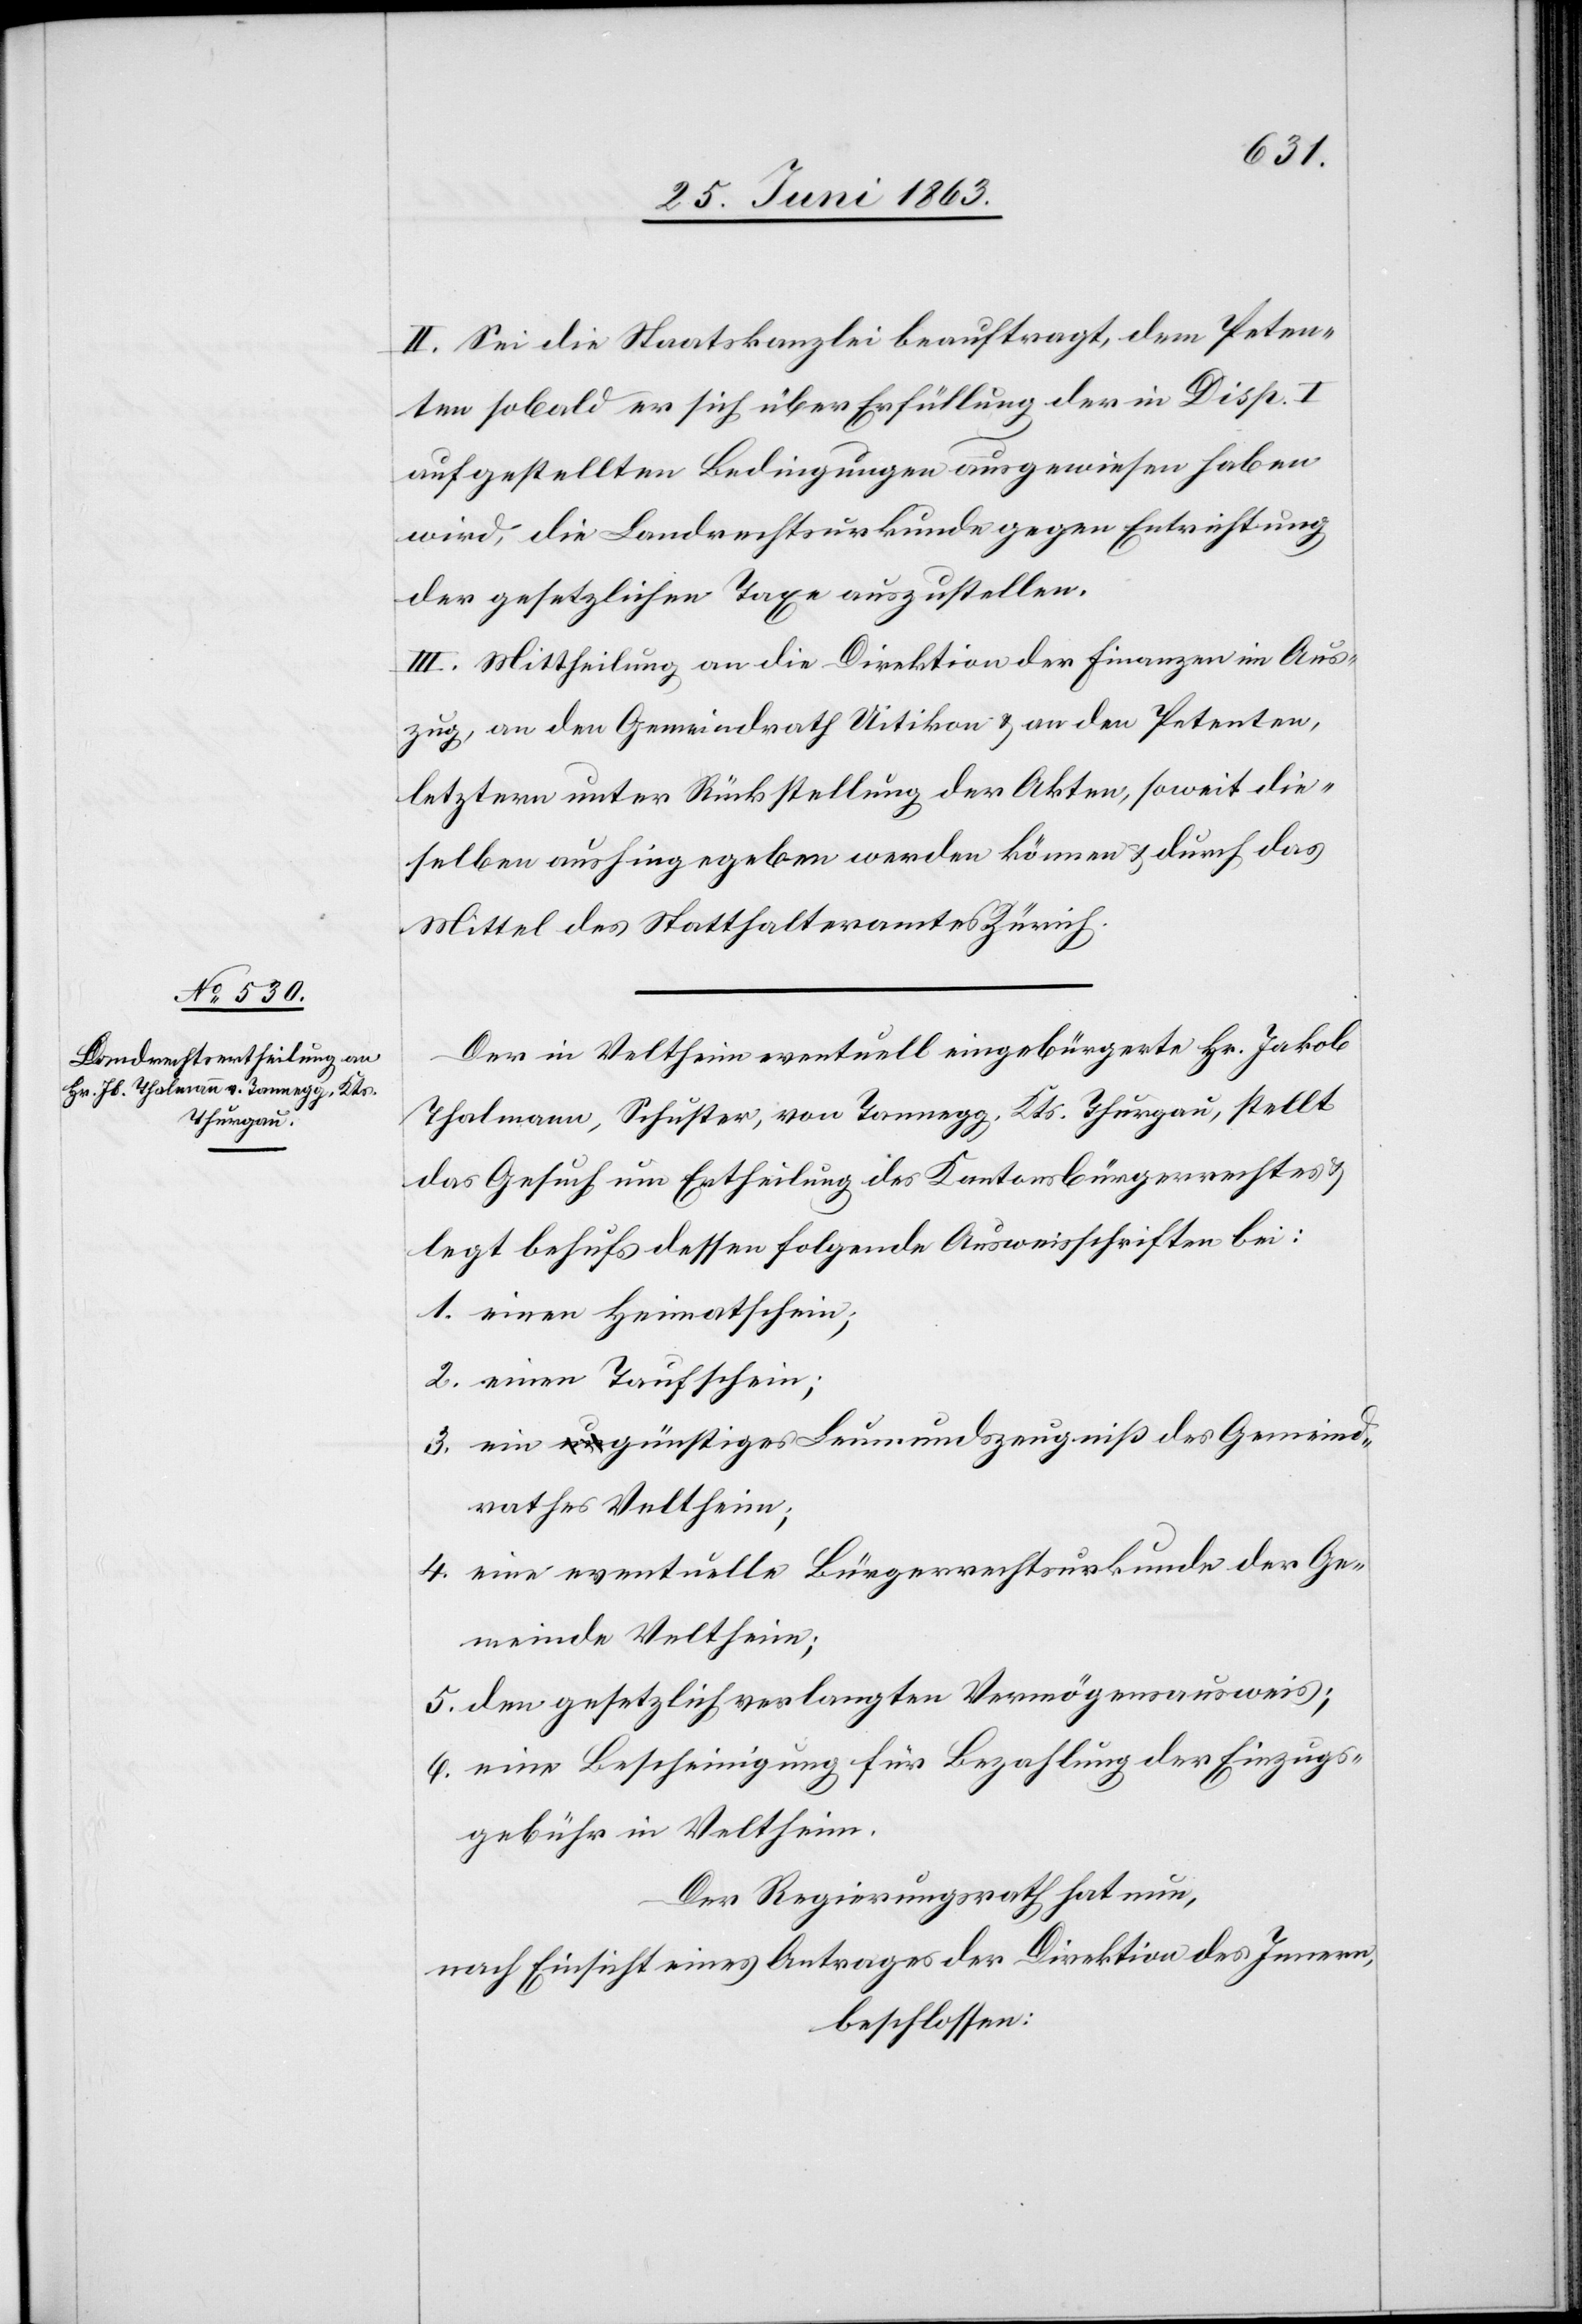
Thurgau,

II. Sei die Staatskanzlei beauftragt, dem Peten¬
ten sobald er sich über Erfüllung der in Disp. I
aufgestellten Bedingungen ausgewiesen haben
wird, die Landrechtsurkunde gegen Entrichtung
der gesetzlichen Taxe auszustellen.
III. Mittheilung an die Direktion der Finanzen im Aus¬
zug, an den Gemeindrath Uitikon & an den Petenten,
letztern unter Rückstellung der Akten, soweit die¬
selben aushingegeben werden können & durch das
Mittel des Statthalteramtes Zürich.
Der in Veltheim eventuell eingebürgerte Hr. Jakob
das Gesuch um Ertheilung des Kantonsbürgerrechtes &
legt behufs dessen folgende Ausweisschriften bei:
1. einen Heimatschein;
2. einen Taufschein;
3. ein a-un-agünstiges Leumundszeugniß des Gemeind¬
rathes Veltheim;
4. eine eventuelle Bürgerrechtsurkunde der Ge¬
meinde Veltheim;
5. den gesetzlich verlangten Vermögensausweis;
6. eine Bescheinigung für Bezahlung der Einzugs¬
gebühr in Veltheim.
Der Regierungsrath hat nun,
nach Einsicht eines Antrages der Direktion des Innern,
beschlossen: